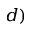
^ { d ) }